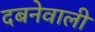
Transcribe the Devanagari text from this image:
दबनेवाली